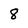
Character: 8